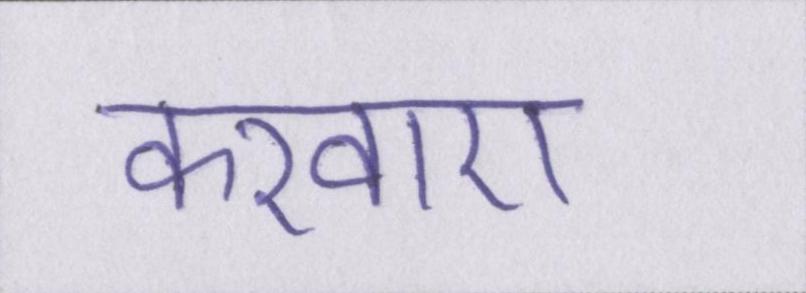
करवाए